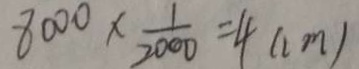
8 0 0 0 \times \frac { 1 } { 2 0 0 0 } = 4 ( c m )